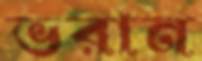
ভরান